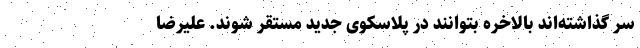
سر گذاشته‌اند بالاخره بتوانند در پلاسکوی جدید مستقر شوند. علیرضا